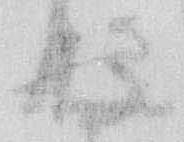
存